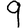
Digit: 9